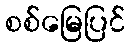
စစ်မြေပြင်